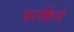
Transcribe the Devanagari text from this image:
परकिंजे